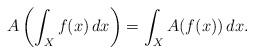
LaTeX: \begin{align*}A\left(\int_Xf(x)\,dx\right)=\int_XA(f(x))\,dx. \end{align*}